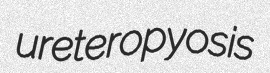
ureteropyosis